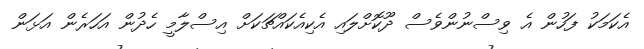
އެކަމަކު ފަހުން އެ ވިސްނުންވެސް ދޫކޮށްލައި އެކިއެކައްޗަކަށް އިސްލާމީ ހެދުން އަހަރެން އަޅަން